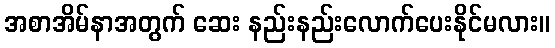
အစာအိမ်နာအတွက် ဆေး နည်းနည်းလောက်ပေးနိုင်မလား။